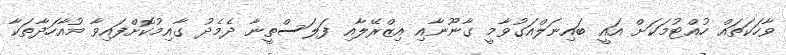
ވާހަކަތައް ހުއްޓުމަކަށް އައީ ބައިނަލްއަގުވާމީ ގާނޫނާއި އިޒްރޭލާއި ފަލަސްތީނާ ދެމެދު ގާއިމުކޮށްފައިވާ މުއާހަދާތަކާ